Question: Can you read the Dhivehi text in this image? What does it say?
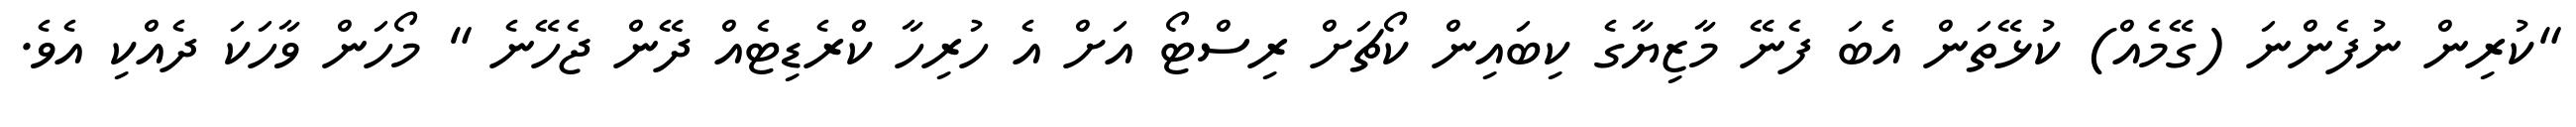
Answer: "ކުރިން ނުފެންނަ (ގޭމެއް) ކުޅޭތަން އެބަ ފެނޭ މާޒިޔާގެ ކިބައިން ކޯޗަށް ރިސްޓޯ އަށް އެ ހުރިހާ ކްރެޑިޓެއް ދޭން ޖެހޭނެ " މޯހަން ވާހަކަ ދެއްކި އެވެ.